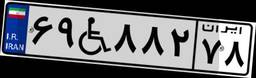
۱۵W۱۶۷۰۴